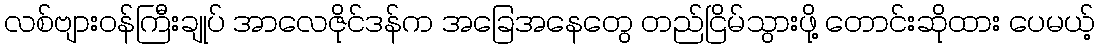
လစ်ဗျားဝန်ကြီးချုပ် အာလေဇိုင်ဒန်က အခြေအနေတွေ တည်ငြိမ်သွားဖို့ တောင်းဆိုထား ပေမယ့်